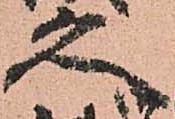
久